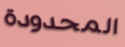
المحدودة